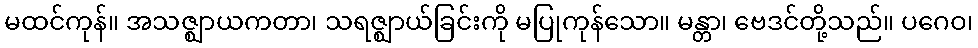
မထင်ကုန်။ အသဇ္ဈာယကတာ၊ သရဇ္ဈာယ်ခြင်းကို မပြုကုန်သော။ မန္တာ၊ ဗေဒင်တို့သည်။ ပဂေဝ၊